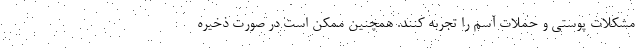
مشکلات پوستی و حملات آسم را تجربه کنند. همچنین ممکن است در صورت ذخیره